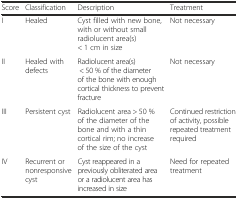
<table><thead><tr><td><b>Score</b></td><td><b>Classification</b></td><td><b>Description</b></td><td><b>Treatment</b></td></tr></thead><tbody><tr><td>I</td><td>Healed</td><td>Cyst filled with new bone, with or without small radiolucent area(s) &lt; 1 cm in size</td><td>Not necessary</td></tr><tr><td>II</td><td>Healed with defects</td><td>Radiolucent area(s) &lt; 50 % of the diameter of the bone with enough cortical thickness to prevent fracture</td><td>Not necessary</td></tr><tr><td>III</td><td>Persistent cyst</td><td>Radiolucent area &gt; 50 % of the diameter of the bone and with a thin cortical rim; no increase of the size of the cyst</td><td>Continued restriction of activity, possible repeated treatment required</td></tr><tr><td>IV</td><td>Recurrent or nonresponsive cyst</td><td>Cyst reappeared in a previously obliterated area or a radiolucent area has increased in size</td><td>Need for repeated treatment</td></tr></tbody></table>